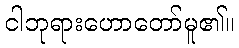
ငါဘုရားဟောတော်မူ၏။